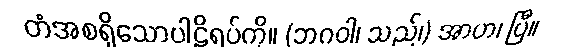
တံအစရှိသောပါဠိရပ်ကို။ (ဘဂဝါ၊ သည်၊) အာဟ၊ ပြီ။